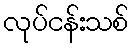
လုပ်ငန်းသစ်